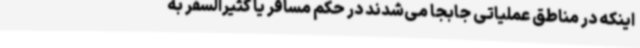
اینکه در مناطق عملیاتی جابجا می‌شدند در حکم مسافر یا کثیرالسفر به